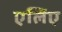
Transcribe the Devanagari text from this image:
एलिए